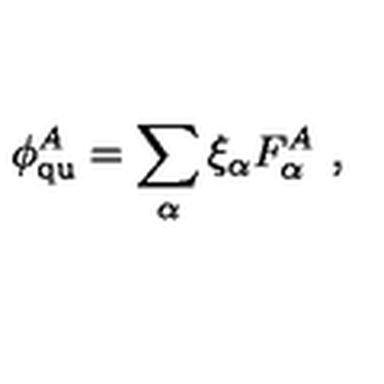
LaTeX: \phi _ { \mathrm { q u } } ^ { A } = \sum _ { \alpha } \xi _ { \alpha } F _ { \alpha } ^ { A } \ ,